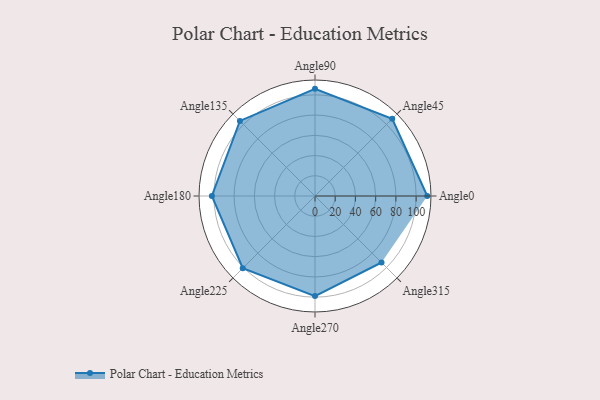
{"axis": {"x": "Angle", "y": "Radius"}, "legend": [""], "data": [{"x": "Angle0", "y": 111.0, "type": ""}, {"x": "Angle45", "y": 108.0, "type": ""}, {"x": "Angle90", "y": 106.0, "type": ""}, {"x": "Angle135", "y": 105.0, "type": ""}, {"x": "Angle180", "y": 102.0, "type": ""}, {"x": "Angle225", "y": 101.0, "type": ""}, {"x": "Angle270", "y": 99.0, "type": ""}, {"x": "Angle315", "y": 93.0, "type": ""}]}